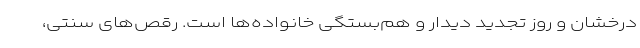
درخشان و روز تجدید دیدار و هم‌بستگی خانواده‌ها است. رقص‌های سنتی،